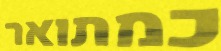
כמתואר